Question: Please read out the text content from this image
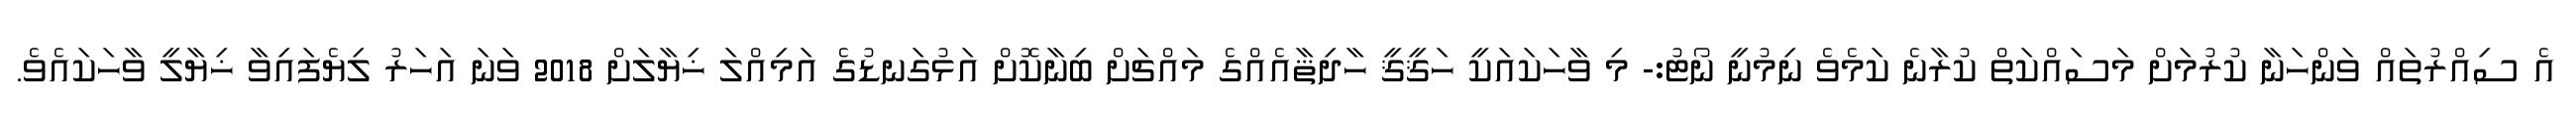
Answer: އެ ސިއްރުތައް ވަންހަނާ ކުރުމަށް މަސައްކަތް ކުރާނެ ކަމެވެ ނިމުނީ ނޯޓު:- މި ވާހަކައަކީ ހަޤީޤީ ހާދިޘާއެއްގެ މައްޗަށް ބިނާކޮށް އަޅުގަނޑުގެ އަމިއްލަ ޚިޔާލަށް 2018 ވަނަ އަހަރު ލިޔެފައިވާ ޚިޔާލީ ވާހަކައެވެ.